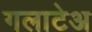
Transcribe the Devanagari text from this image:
गलाटेअ